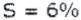
S = 6%